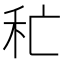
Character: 𥝕